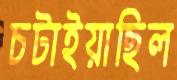
চটাইয়াছিল